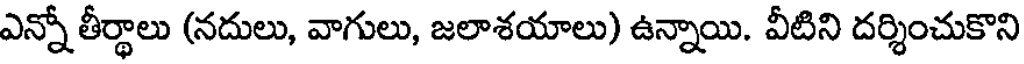
ఎన్నో తీర్థాలు (నదులు, వాగులు, జలాశయాలు) ఉన్నాయి. వీటిని దర్శించుకొని